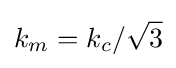
k_{m}=k_{c}/{\sqrt {3}}